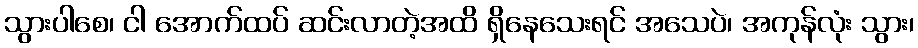
သွားပါစေ၊ ငါ အောက်ထပ် ဆင်းလာတဲ့အထိ ရှိနေသေးရင် အသေပဲ၊ အကုန်လုံး သွား၊